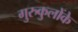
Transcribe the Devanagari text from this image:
गुरुकुलोंके